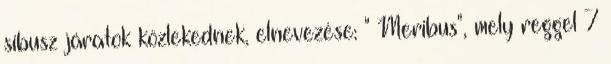
síbusz járatok közlekednek, elnevezése: " Meribus", mely reggel 7